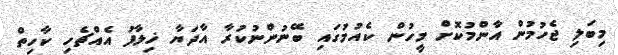
މިބަލި ޖެހުމުން އާންމުކޮށް މީހުން ކެއުމުގައި ބޭނުންނުކުރާ އާދަޔާ ޚިލާފު އެއްޗެހި ކާހިތް